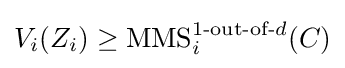
V_{i}(Z_{i})\geq \operatorname {MMS} _{i}^{1{\text{-out-of-}}d}(C)